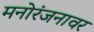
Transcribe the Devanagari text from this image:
मनोरंजनावर